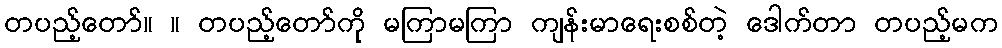
တပည့်တော်။ ။ တပည့်တော်ကို မကြာမကြာ ကျန်းမာရေးစစ်တဲ့ ဒေါက်တာ တပည့်မက